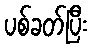
ပစ်ခတ်ပြီး